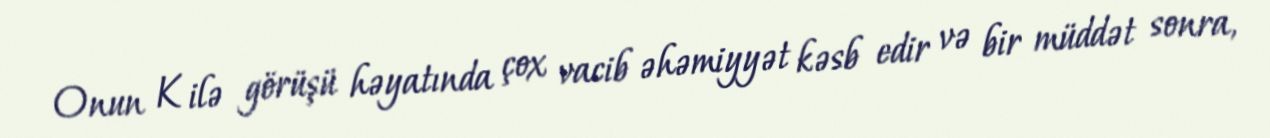
Onun K ilə görüşü həyatında çox vacib əhəmiyyət kəsb edir və bir müddət sonra,